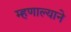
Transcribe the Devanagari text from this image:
म्हणाल्याने